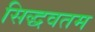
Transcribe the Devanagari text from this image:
सिद्धवतम